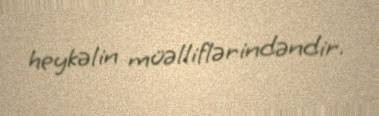
heykəlin müəlliflərindəndir.